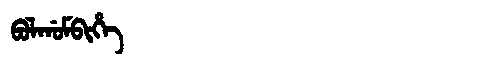
Manchu: ᠪᠣᠯᡤᠣᠮᠪᡳᡥᡝ
Romanization: BOLGOMBIHE